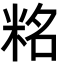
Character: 䊅